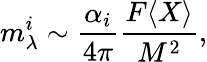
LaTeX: m_{\lambda}^{i}\sim{\frac{\alpha_{i}}{4\pi}}{\frac{F\langle X\rangle}{M^{2}}},